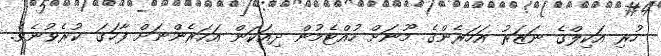
ހުރި އަކިލްގެ ނަޒަރު އަހަރެންގެ މޫނަށް ހުއްޓެމުން ދިއަކަން އަހަރެންނަށް ފާހަގަ ކުރެވުނެވެ.